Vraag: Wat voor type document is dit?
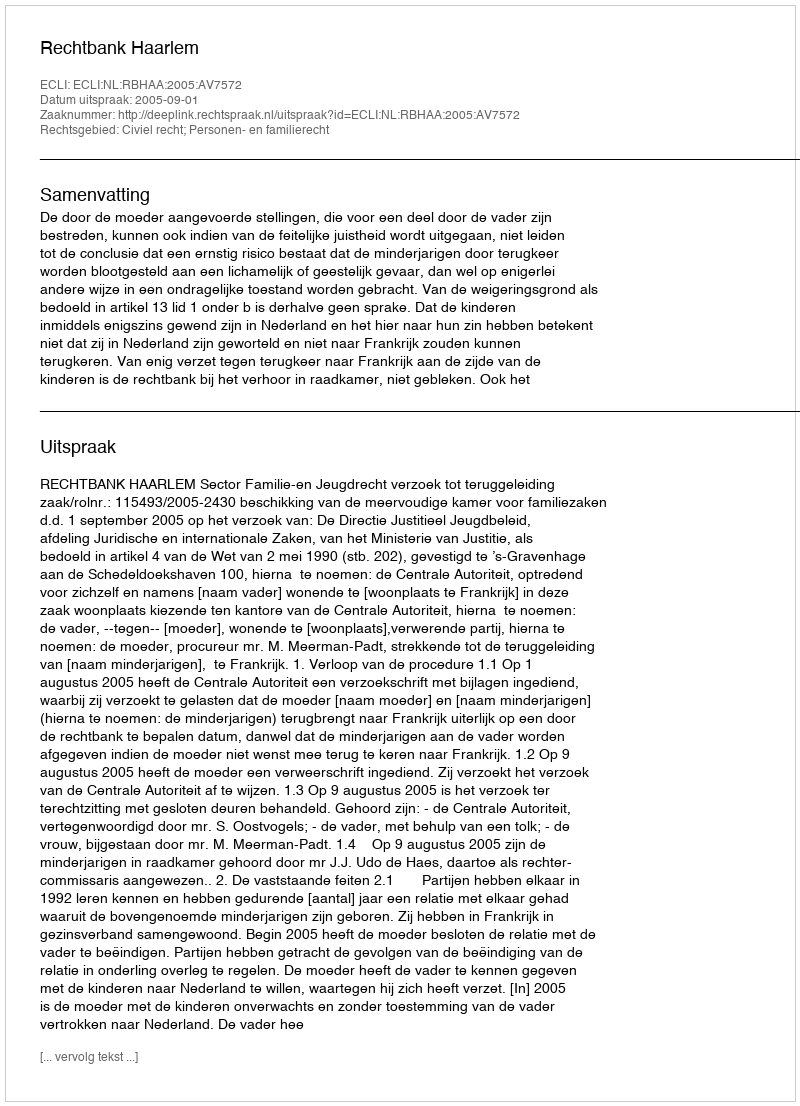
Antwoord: Uitspraak